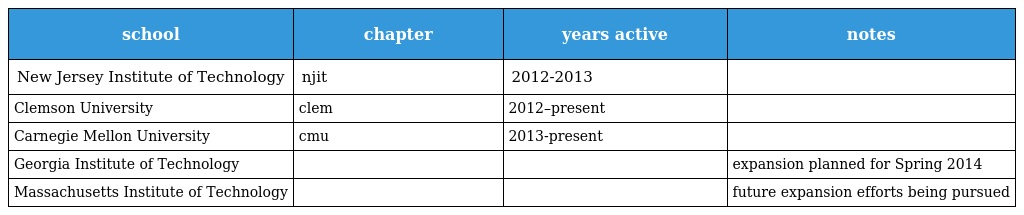
| school | chapter | years active | notes |
 | --- | --- | --- | --- |
 | New Jersey Institute of Technology | njit | 2012-2013 |  |
 | Clemson University | clem | 2012–present |  |
 | Carnegie Mellon University | cmu | 2013-present |  |
 | Georgia Institute of Technology |  |  | expansion planned for Spring 2014 |
 | Massachusetts Institute of Technology |  |  | future expansion efforts being pursued |